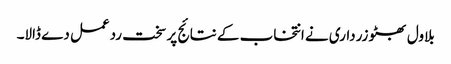
بلاول بھٹو زرداری نے انتخاب کے نتائج پر سخت ردعمل دے ڈالا۔